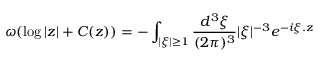
\omega ( \log | z | + C ( z ) ) = - \int _ { | \xi | \geq 1 } \frac { d ^ { 3 } \xi } { ( 2 \pi ) ^ { 3 } } | \xi | ^ { - 3 } e ^ { - i \xi . z }